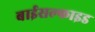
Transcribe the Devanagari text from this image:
बाईसल्फाइड